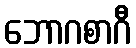
ဘောဂစာဂီ